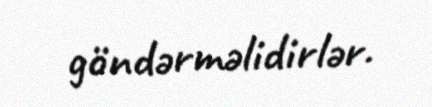
göndərməlidirlər.